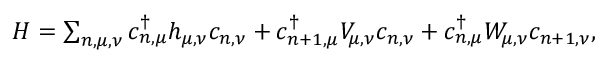
\begin{array} { r } { H = \sum _ { n , \mu , \nu } c _ { n , \mu } ^ { \dagger } h _ { \mu , \nu } c _ { n , \nu } + c _ { n + 1 , \mu } ^ { \dagger } V _ { \mu , \nu } c _ { n , \nu } + c _ { n , \mu } ^ { \dagger } W _ { \mu , \nu } c _ { n + 1 , \nu } , } \end{array}